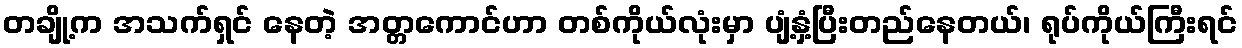
တချို့က အသက်ရှင် နေတဲ့ အတ္တကောင်ဟာ တစ်ကိုယ်လုံးမှာ ပျံ့နှံ့ပြီးတည်နေတယ်၊ ရုပ်ကိုယ်ကြီးရင်